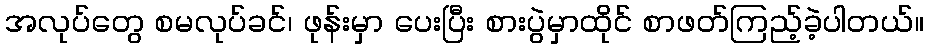
အလုပ်တွေ စမလုပ်ခင်၊ ဖုန်းမှာ ပေးပြီး စားပွဲမှာထိုင် စာဖတ်ကြည့်ခဲ့ပါတယ်။